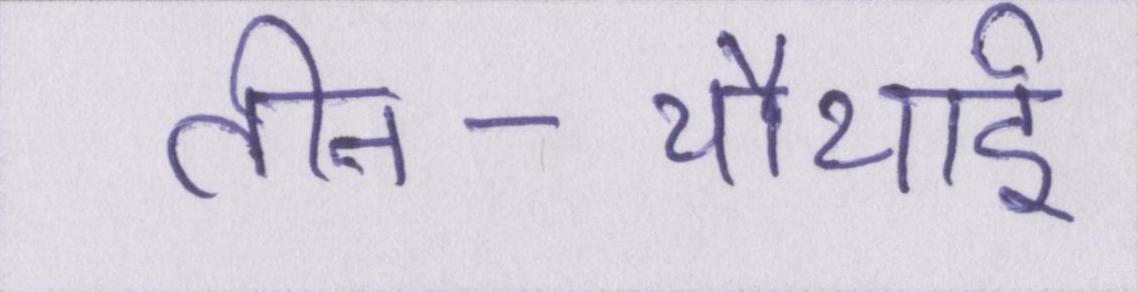
तीन-चौथाई